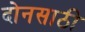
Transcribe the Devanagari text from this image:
दोनसाठी